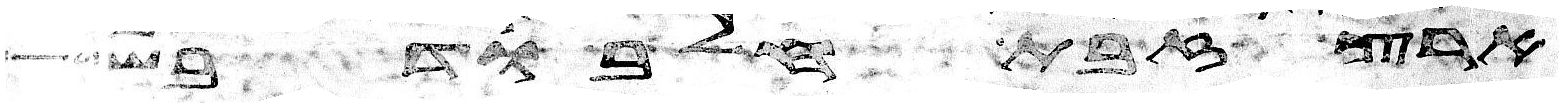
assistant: ארץ זבת חלב ודבש